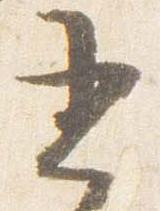
書